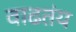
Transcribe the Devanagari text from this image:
वाढतंय